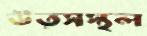
উত্সস্থল